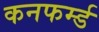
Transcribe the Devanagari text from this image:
कनफर्म्ड